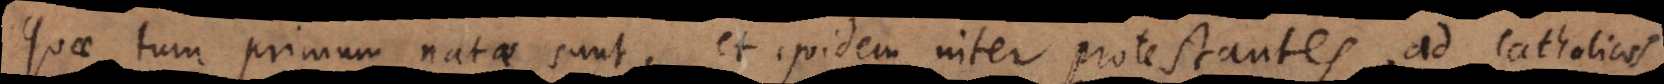
quae tum primum natae sunt, et quidem inter Protestantes, ad Catholicos